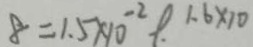
8 = 1 . 5 \times 1 0 ^ { - 2 } 9 . 1 . 6 \times 1 0